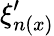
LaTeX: \xi_{n(x)}^{\prime}